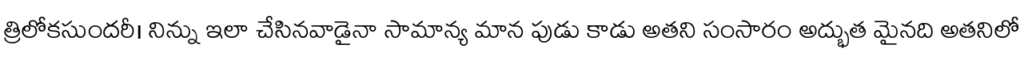
త్రిలోకసుందరీ। నిన్ను ఇలా చేసినవాడైనా సామాన్య మాన పుడు కాడు అతని సంసారం అద్భుత మైనది అతనిలో